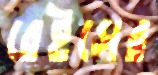
রেইসের